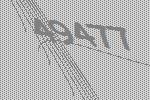
49477